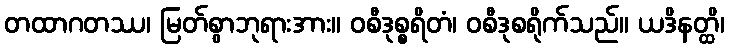
တထာဂတဿ၊ မြတ်စွာဘုရားအား။ ဝစီဒုစ္စရိတံ၊ ဝစီဒုစရိုက်သည်။ ယဒိနတ္ထိ၊